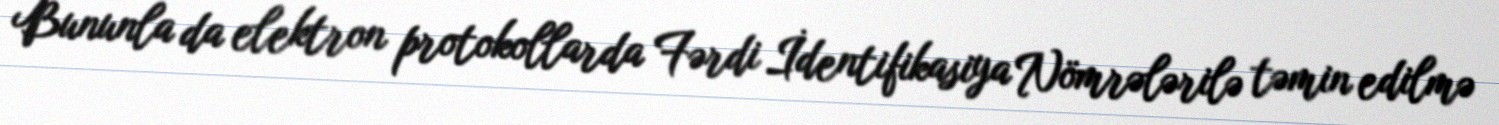
Bununla da elektron protokollarda Fərdi İdentifikasiya Nömrələrilə təmin edilmə